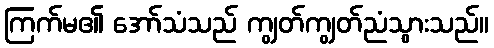
ကြက်မ၏ အော်သံသည် ကျွတ်ကျွတ်ညံသွားသည်။